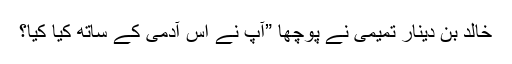
خالد بن دينار تميمی نے پوچھا ”آپ نے اس آدمی کے ساتھ کیا کِیا؟